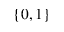
\{ 0 , 1 \}